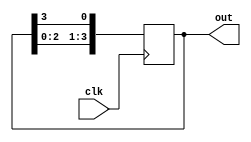
module Ring_Counter (
    input wire clk, // clock signal
    output reg [3:0] out // output of the ring counter
);

reg [3:0] internal_reg;

always @(posedge clk) begin
    internal_reg <= {internal_reg[2:0], internal_reg[3]};
end

assign out = internal_reg;

endmodule